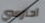
احترسي